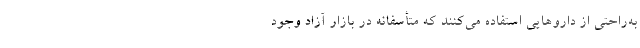
به‌راحتی از داروهایی استفاده می‌‌کنند که متأسفانه در بازار آزاد وجود